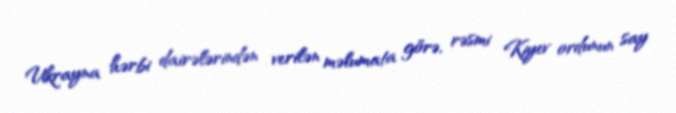
Ukrayna hərbi dairələrindən verilən məlumata görə, rəsmi Kiyev ordunun say